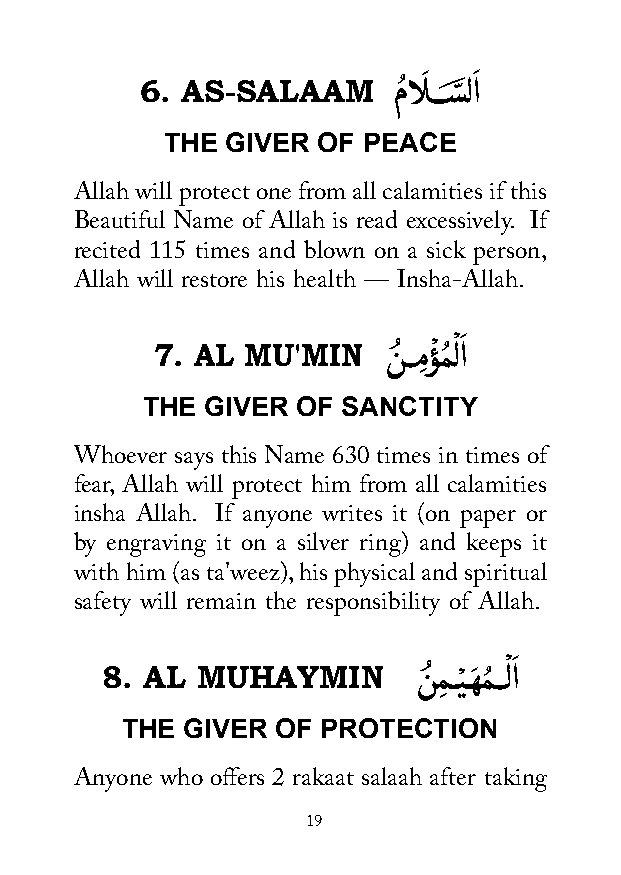
َ  َ
 6. AS-SALAAM     مُ الـــسَّ لا
 THE GIVER OF PEACE
 Allah will protect one from all calamities if this
 Beautiful Name of Allah is read excessively. If
 recited 115 times and blown on a sick person,
 Allah will restore his health — Insha-Allah.
 7. AL MU'MIN   نُ ــمِؤْ مُ ْ لاَ
 THE  GIVER OF SANCTITY
 Whoever says this Name 630 times in times of
 fear, Allah will protect him from all calamities
 insha Allah. If anyone writes it (on paper or
 by engraving it on a silver ring) and keeps it
 with him (as ta'weez), his physical and spiritual
 safety will remain the responsibility of Allah.
 ْ َ
 8. AL MUHAYMIN       نُ مِ ـيْ ــهَ مُ ــلا
 THE GIVER OF PROTECTION
 Anyone who offers 2 rakaat salaah after taking
 19